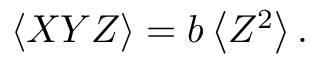
\begin{array} { r } { \left< X Y Z \right> = b \left< Z ^ { 2 } \right> . } \end{array}